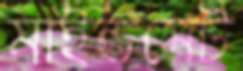
মাইন্ডসেট